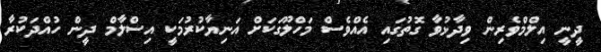
ދީނީ އިލްމްވެރިން ވިދާޅުވާ ގޮތުގައި އެއްވެސް މަހްލޫގަކަށް އަނިޔާކުރުމަކީ އިސްލާމް ދީން ހުއްދަކުރާ